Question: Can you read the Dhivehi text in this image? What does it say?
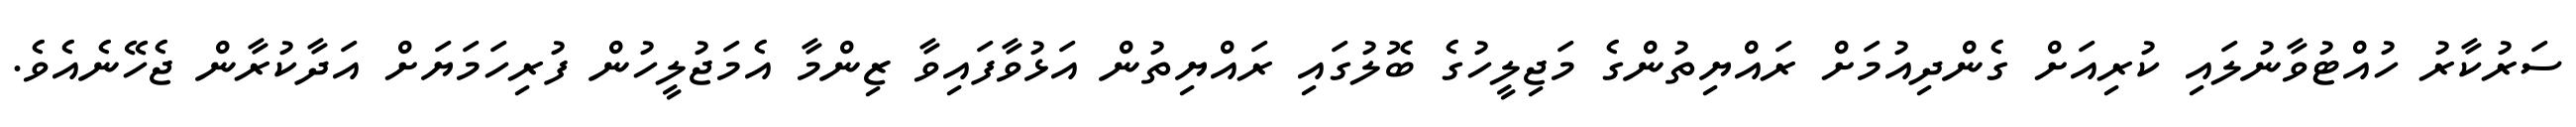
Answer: ސަރުކާރު ހުއްޓުވާނުލައި ކުރިއަށް ގެންދިއުމަށް ރައްޔިތުންގެ މަޖިލީހުގެ ބޮލުގައި ރައްޔިތުން އަޅުވާފައިވާ ޒިންމާ އެމަޖުލީހުން ފުރިހަމަޔަށް އަދާކުރާން ޖެހޭނެއެވެ.